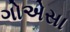
ગોએસા